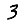
Digit: 3